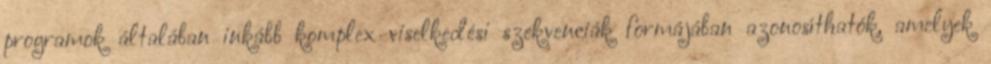
programok általában inkább komplex viselkedési szekvenciák formájában azonosíthatók, amelyek